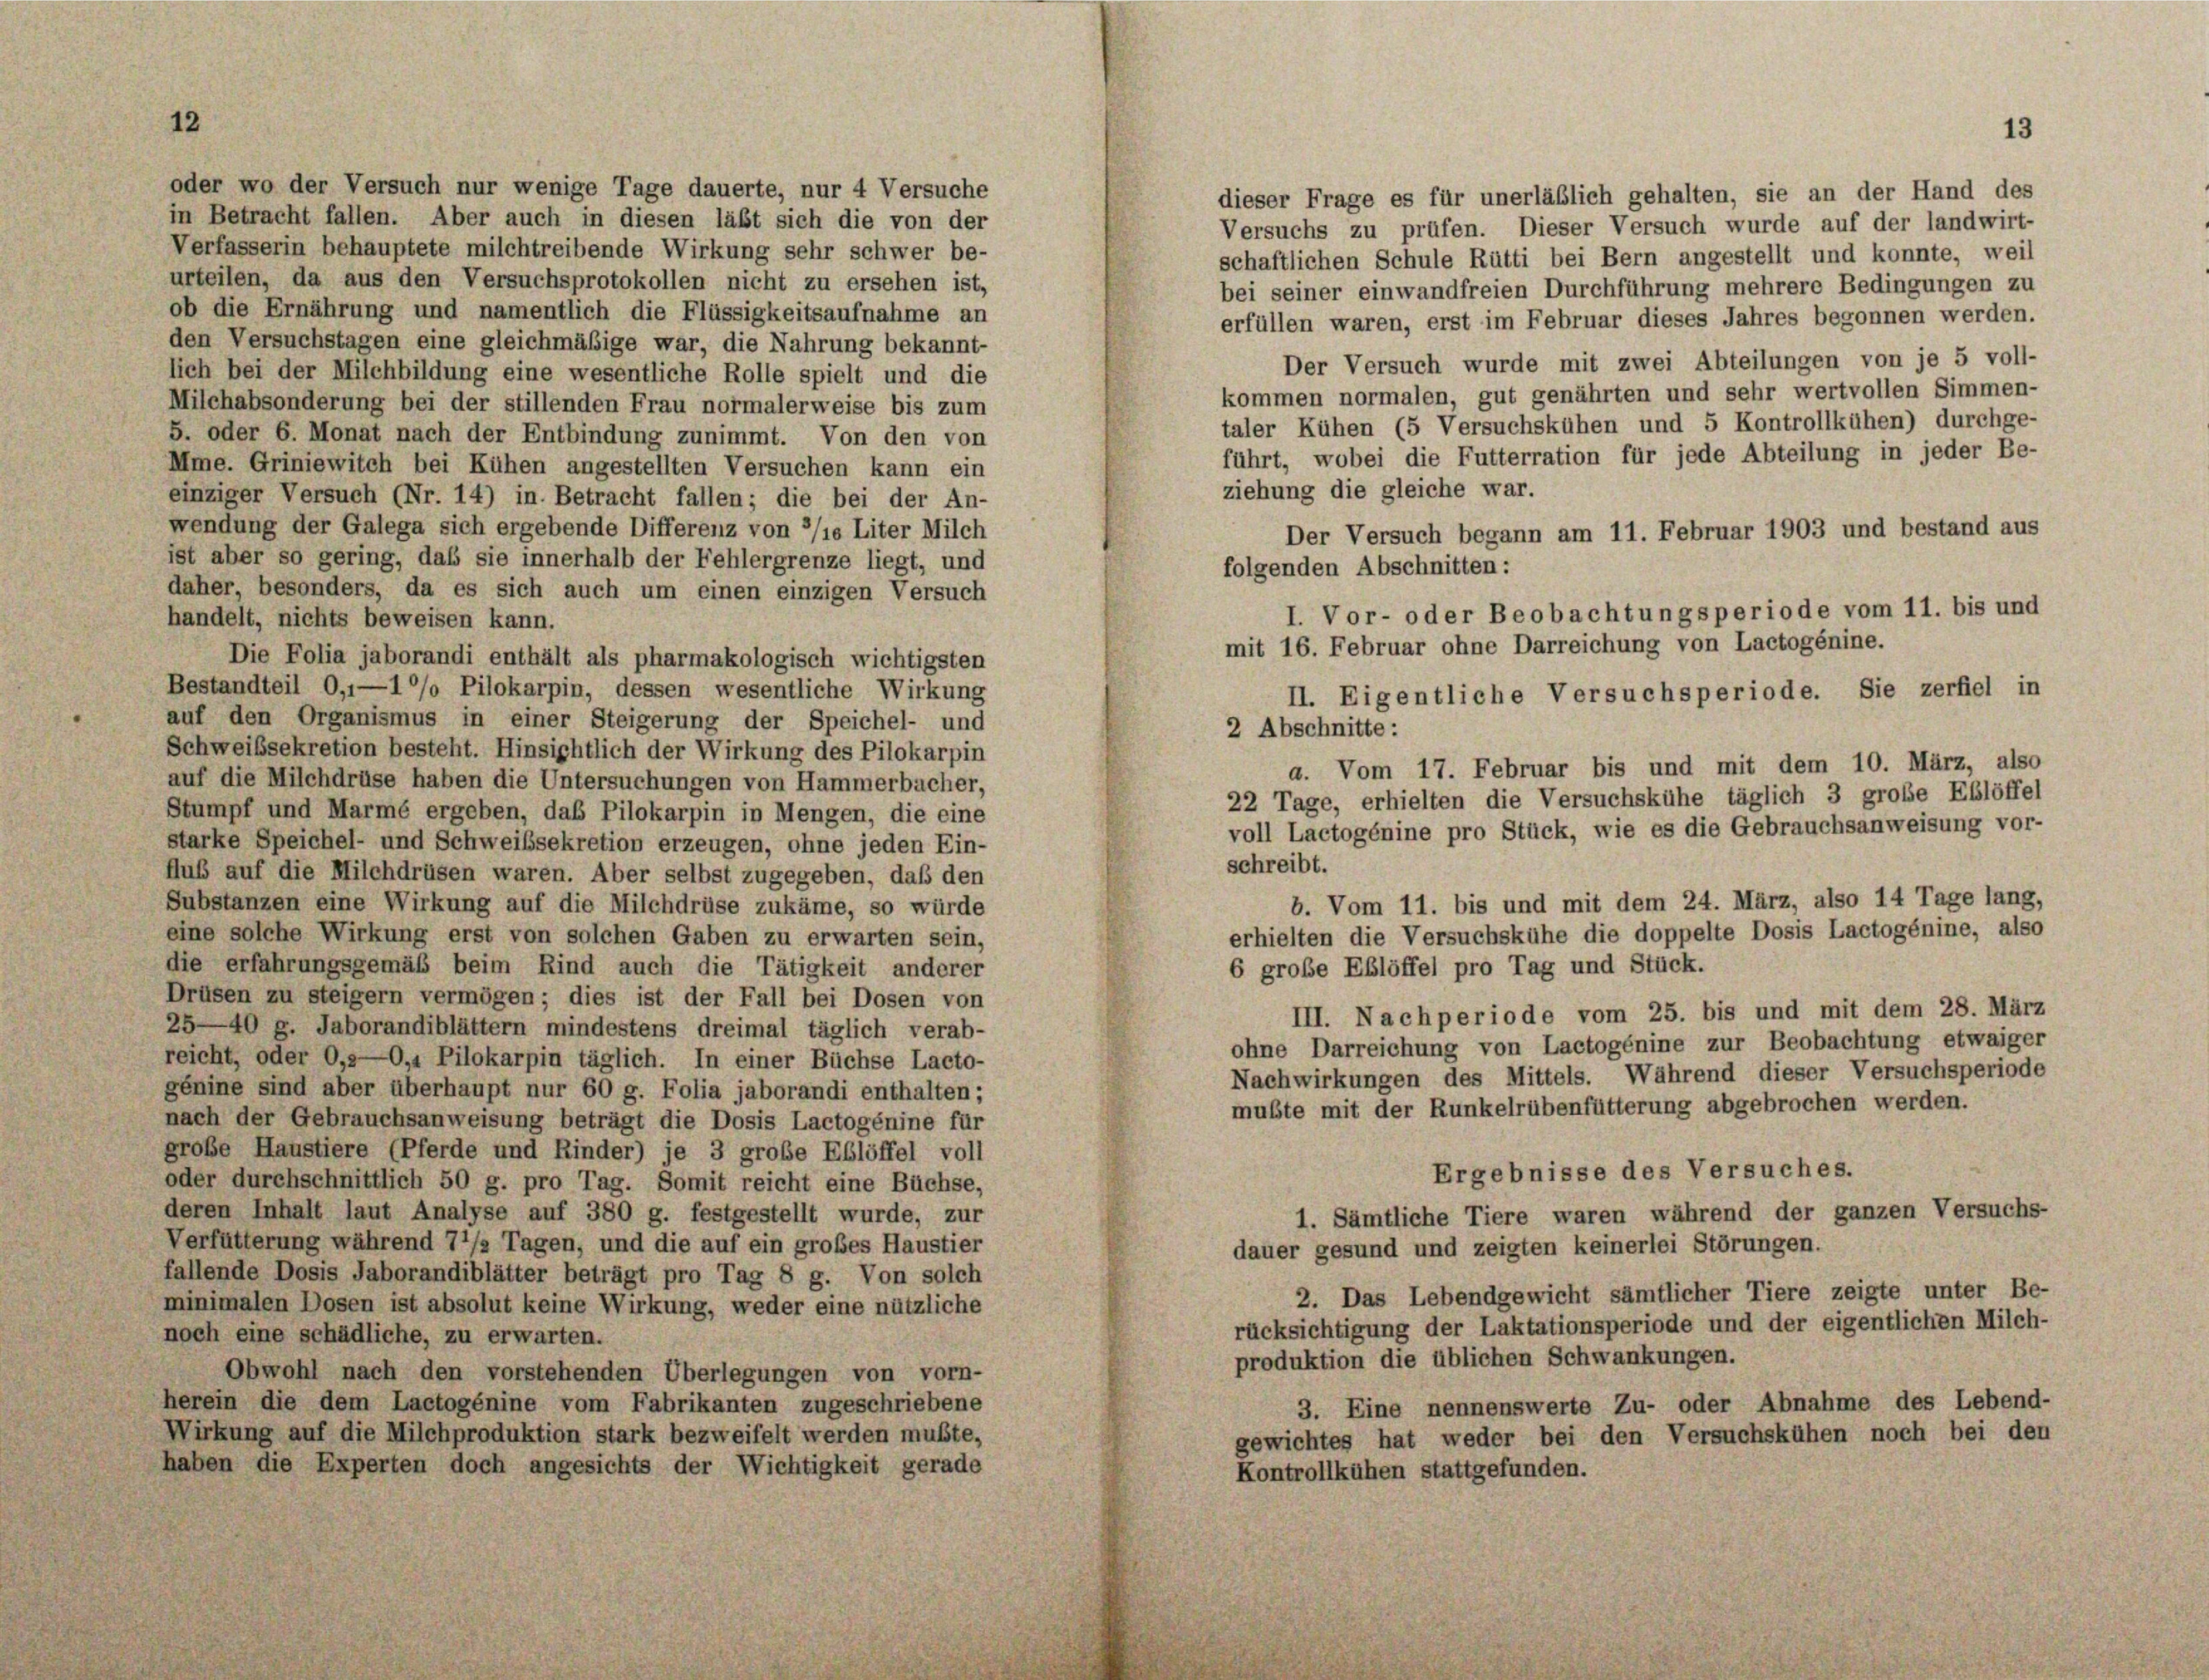
12

in Betracht fallen. Aber auch in diesen läßt sich die von der
Verfasserin behauptete milchtreibende Wirkung sehr schwer be-
urteilen, da aus den Versuchsprotokollen nicht zu ersehen ist,
bei seiner einwandfreien Durchführung mehrere Bedingungen zu
ob die Ernährung und namentlich die Flüssigkeitsaufnahme an
erfüllen waren, erst im Februar dieses Jahres begonnen werden.
den Versuchstagen eine gleichmäßige war, die Nahrung bekannt-
Der Versuch wurde mit zwei Abteilungen von je 5 voll-
lich bei der Milchbildung eine wesentliche Rolle spielt und die
kommen normalen, gut genährten und sehr wertvollen Simmen-
Milchabsonderung bei der stillenden Frau normalerweise bis zum
taler Kühen (5 Versuchskühen und 5 Kontrollkühen) durchge-
5. oder 6. Monat nach der Entbindung zunimmt. Von den von
führt, wobei die Futterration für jede Abteilung in jeder Be-
Mme. Griniewitch bei Kühen angestellten Versuchen kann ein
ziehung die gleiche war.
einziger Versuch (Nr. 14) in Betracht fallen; die bei der An-
wendung der Galega sich ergebende Differenz von 3/ie Liter Milch
Der Versuch begann am 11. Februar 1903 und bestand aus
ist aber so gering, daß sie innerhalb der Fehlergrenze liegt, und
folgenden Abschnitten:
daher, besonders, da es sich auch um einen einzigen Versuch
handelt, nichts beweisen kann.
Die Folia jaborandi enthält als pharmakologisch wichtigsten
Bestandteil 0,1—10% Pilokarpin, dessen wesentliche Wirkung
auf den Organismus in einer Steigerung der Speichel- und
2 Abschnitte:
Schweibsekretion besteht. Hinsichtlich der Wirkung des Pilokarpin
a. Vom 17. Februar bis und mit dem 10. März, also
auf die Milchdrüse haben die Untersuchungen von Hammerbacher,
22 Tage, erhielten die Versuchskühe täglich 3 große Eßlöffel
Stumpf und Marmé ergeben, das Pilokarpin in Mengen, die eine
voll Lactogénine pro Stück, wie es die Gebrauchsanweisung vor-
starke Speichel- und Schweibsekretion erzeugen, ohne jeden Ein-
schreibt.
Auß auf die Milchdrüsen waren. Aber selbst zugegeben, daß den
b. Vom 11. bis und mit dem 24. März, also 14 Tage lang,
Substanzen eine Wirkung auf die Milchdrüse zukäme, so würde
erhielten die Versuchskühe die doppelte Dosis Lactogénine, also
eine solche Wirkung erst von solchen Gaben zu erwarten sein,
die erfahrungsgemäß beim Rind auch die Tätigkeit anderer
6 große Eßlöffel pro Tag und Stück.
Drüsen zu steigern vermögen; dies ist der Fall bei Dosen von
III. Nachperiode vom 25. bis und mit dem 28. März
25—40 g. Jaborandiblättern mindestens dreimal täglich verab-
ohne Darreichung von Lactogénine zur Beobachtung etwaiger
reicht, oder 0,2—O, Pilokarpin täglich. In einer Büchse Lacto-
Nachwirkungen des Mittels. Während dieser Versuchsperiode
génine sind aber überhaupt nur 60 g. Folia jaborandi enthalten;
mubte mit der Runkelrübenfütterung abgebrochen werden.
nach der Gebrauchsanweisung beträgt die Dosis Lactogénine für
grobe Haustiere (Pferde und Rinder) je 3 große Eßlöffel voll
Ergebnisse des Versuches.
oder durchschnittlich 50 g. pro Tag. Somit reicht eine Büchse,
deren Inhalt laut Analyse auf 380 g. festgestellt wurde, zur
1. Sämtliche Tiere waren während der ganzen Versuchs-
Verfütterung während 7 1/2 Tagen, und die auf ein grobes Haustier
dauer gesund und zeigten keinerlei Störungen.
fallende Dosis Jaborandiblätter beträgt pro Tag 8 g. Von solch
2. Das Lebendgewicht sämtlicher Tiere zeigte unter Be-
minimalen Dosen ist absolut keine Wirkung, weder eine nützliche
rücksichtigung der Laktationsperiode und der eigentlichen Milch-
noch eine schädliche, zu erwarten.
produktion die üblichen Schwankungen.
Obwohl nach den vorstehenden Überlegungen von vorn-
herein die dem Lactogénine vom Fabrikanten zugeschriebene
3. Eine nennenswerte Zu- oder Abnahme des Lebend-
Wirkung auf die Milchproduktion stark bezweifelt werden mußte,
gewichtes hat weder bei den Versuchskühen noch bei den
haben die Experten doch angesichts der Wichtigkeit gerade
Kontrollkühen stattgefunden.

oder wo der Versuch nur wenige Tage dauerte, nur 4 Versuche

I. Vor- oder Beobachtungsperiode vom 11. bis und
mit 16. Februar ohne Darreichung von Lactogénine.
II. Eigentliche Versuchsperiode. Sie zerfiel in

dieser Frage es für unerläßlich gehalten, sie an der Hand des
Versuchs zu prüfen. Dieser Versuch wurde auf der landwirt-
schaftlichen Schule Rütti bei Bern angestellt und konnte, weil